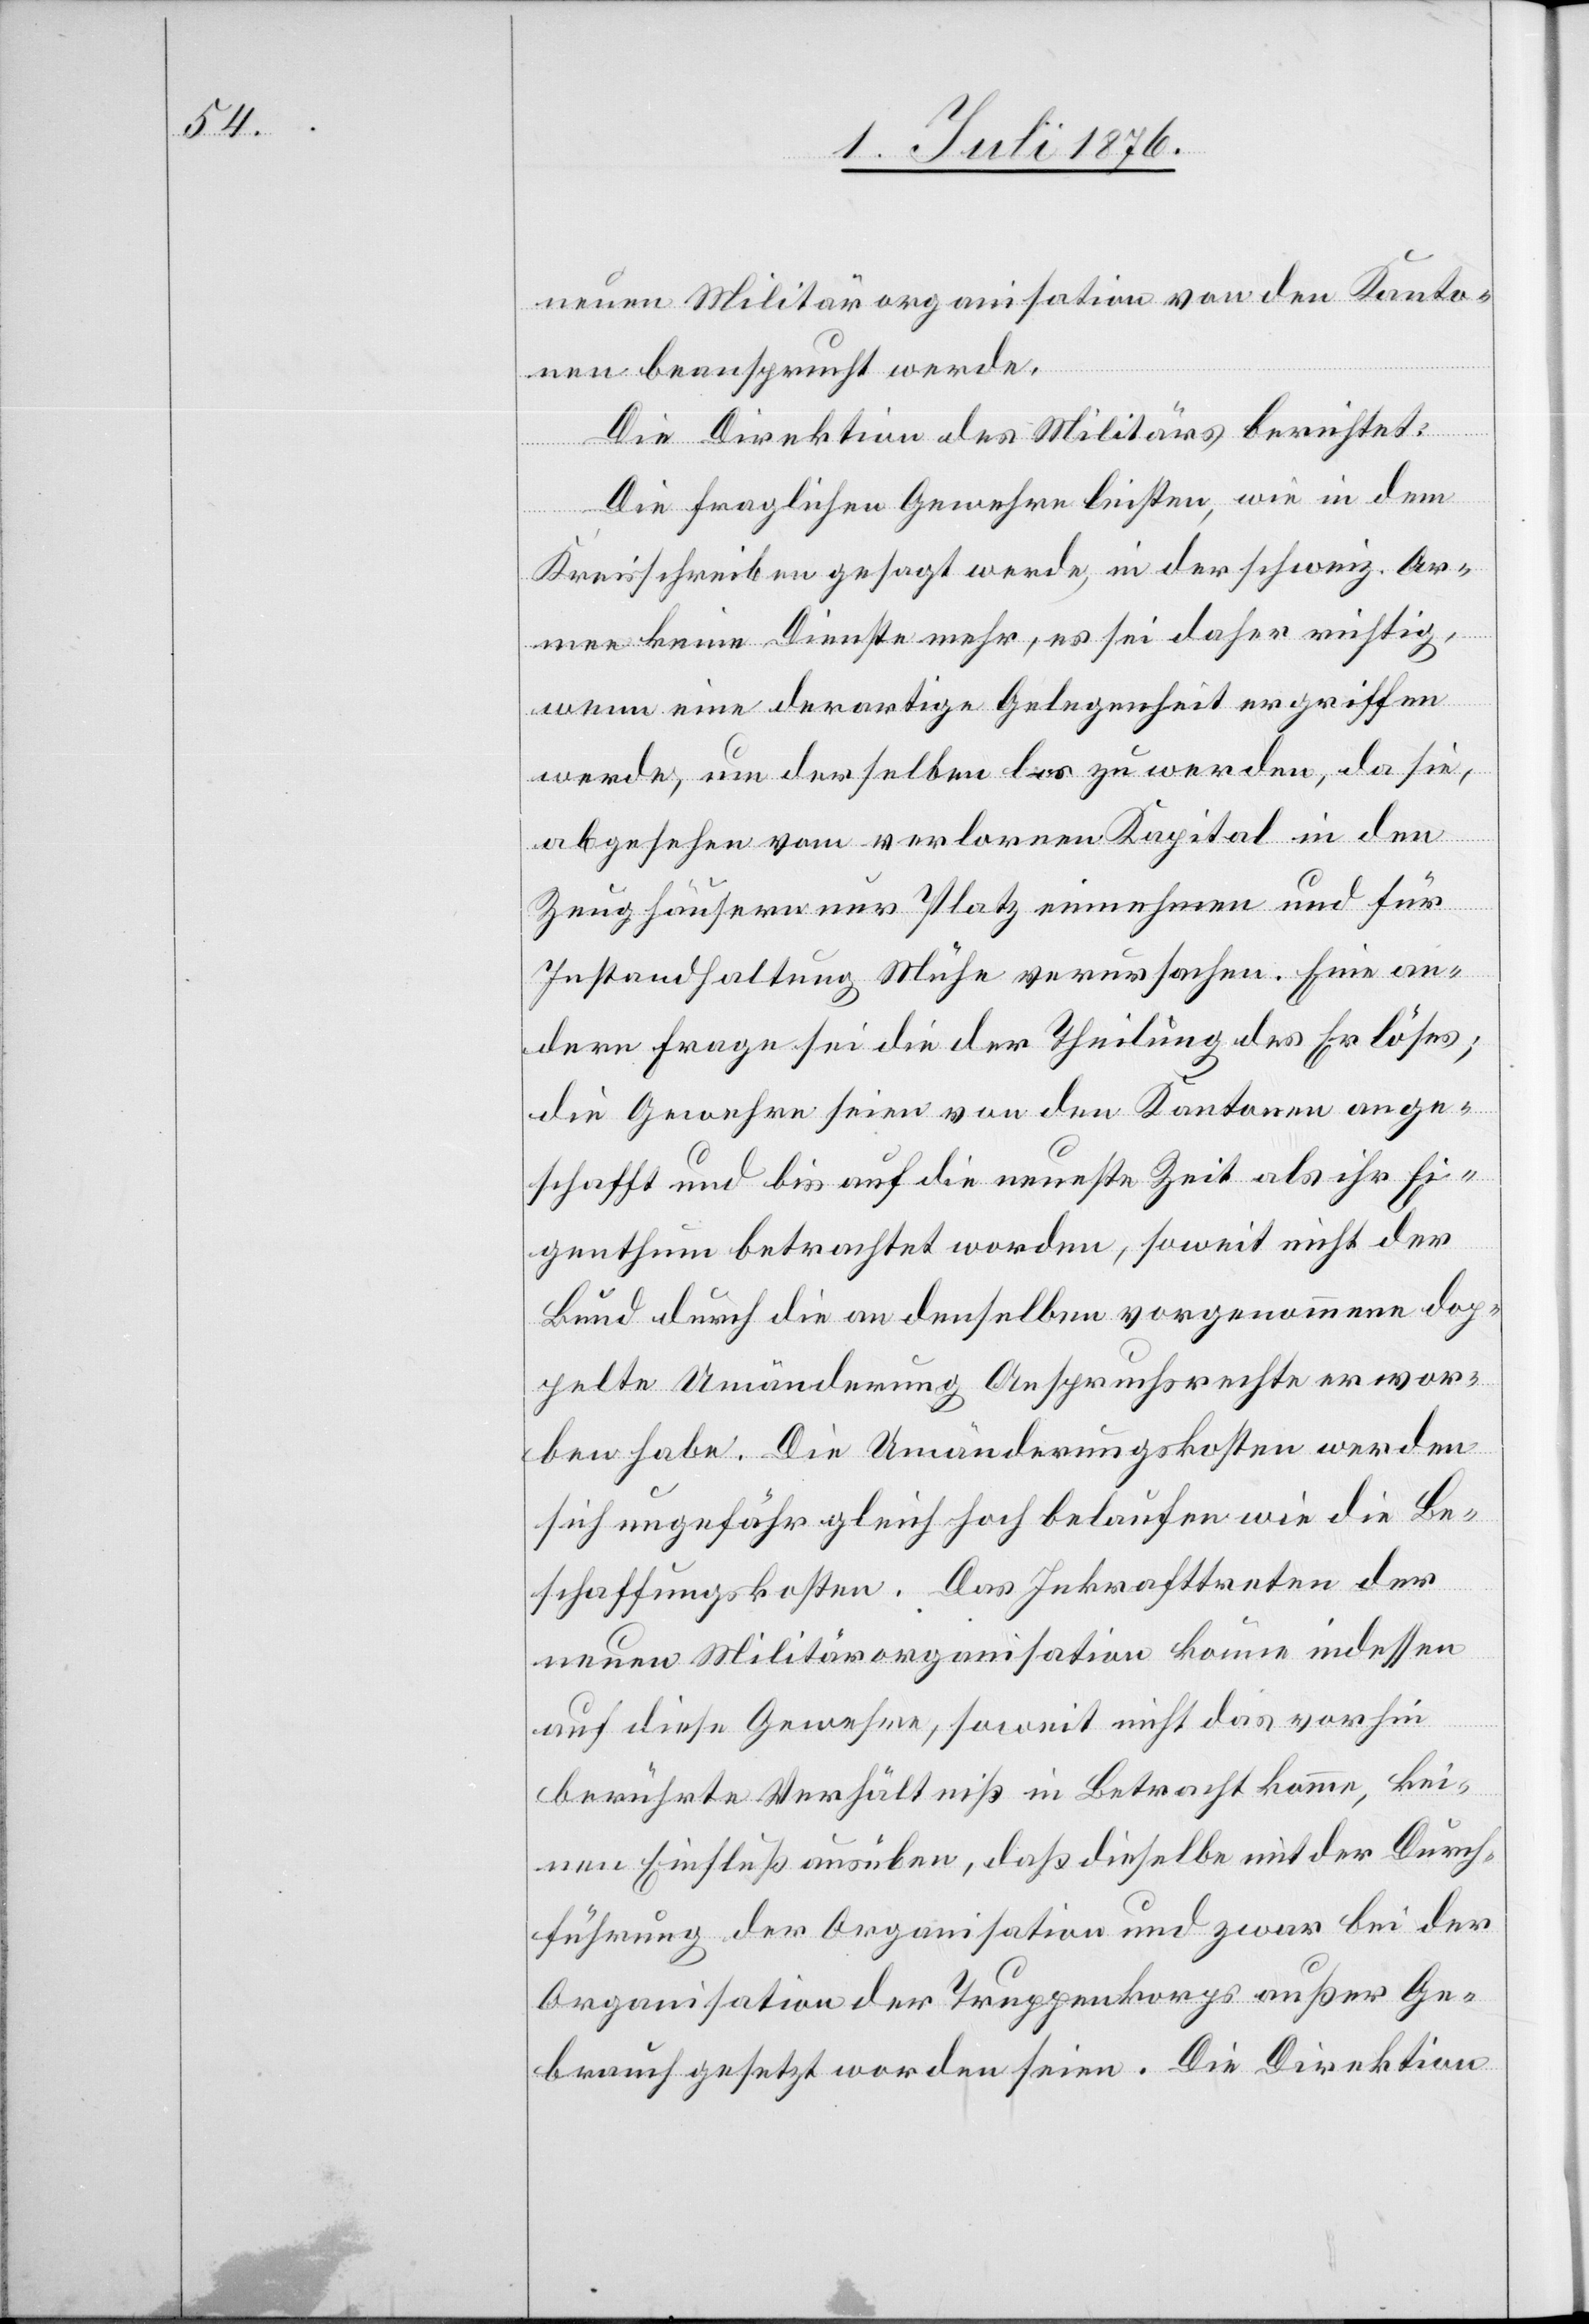
neuen Militärorganisation von den Kanto¬
nen beansprucht werde.
Die Direktion des Militärs berichtet:
Die fraglichen Gewehre leisten, wie in dem
Kreisschreiben gesagt werde, in der schweiz. Ar¬
mee keine Dienste mehr, es sei daher richtig,
wenn eine derartige Gelegenheit ergriffen
werde, um derselben los zu werden, da sie,
abgesehen vom verlorenen Kapital in den
Zeughäusern nur Platz einnehmen und für
Instandhaltung Mühe verursachen. Eine an¬
dere Frage sei die der Theilung des Erlöses;
die Gewehre seien von den Kantonen ange¬
schafft und bis auf die neueste Zeit als ihr Ei¬
genthum betrachtet worden, soweit nicht der
Bund durch die an denselben vorgenommenen dop¬
pelte Umänderung Anspruchsrechte erwor¬
ben habe. Die Umänderungskosten werden
sich ungefähr gleich hoch belaufen wie die Be¬
schaffungskosten. Das Inkrafttreten der
neuen Militärorganisation könne indessen
auf diese Gewehre, soweit nicht das vorhin
berührte Verhältniß in Betracht komme, kei¬
nen Einfluß ausüben, daß dieselbe mit der Durch¬
führung der Organisation und zwar bei der
Organisation der Truppenkorps außer Ge¬
brauch gesetzt worden seien. Die Direktion